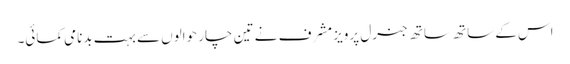
اس کے ساتھ ساتھ جنرل پرویز مشرف نے تین چار حوالوں سے بہت بدنامی کمائی۔